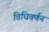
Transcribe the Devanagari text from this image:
विधिवर्णन